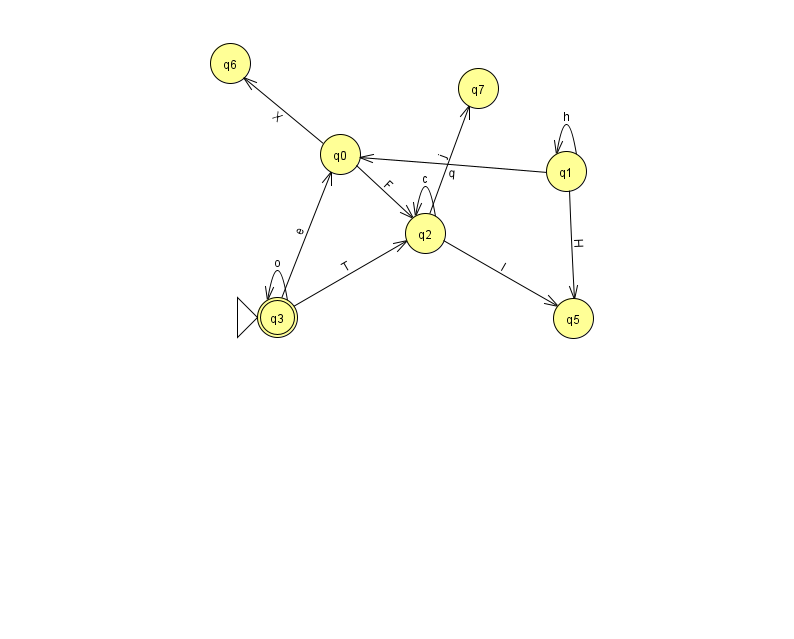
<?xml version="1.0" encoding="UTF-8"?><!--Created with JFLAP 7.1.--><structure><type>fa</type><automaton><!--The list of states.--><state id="0" name="q0"><x>340.0</x><y>141.0</y></state><state id="1" name="q1"><x>566.0</x><y>158.0</y></state><state id="2" name="q2"><x>425.0</x><y>220.0</y></state><state id="3" name="q3"><x>277.0</x><y>304.0</y><initial/><final/></state><state id="5" name="q5"><x>573.0</x><y>305.0</y></state><state id="6" name="q6"><x>230.0</x><y>50.0</y></state><state id="7" name="q7"><x>478.0</x><y>75.0</y></state><!--The list of transitions.--><transition><from>2</from><to>5</to><read>I</read></transition><transition><from>0</from><to>6</to><read>X</read></transition><transition><from>2</from><to>2</to><read>c</read></transition><transition><from>0</from><to>2</to><read>F</read></transition><transition><from>1</from><to>1</to><read>h</read></transition><transition><from>2</from><to>7</to><read>j</read></transition><transition><from>1</from><to>0</to><read>q</read></transition><transition><from>1</from><to>5</to><read>H</read></transition><transition><from>3</from><to>2</to><read>T</read></transition><transition><from>3</from><to>0</to><read>e</read></transition><transition><from>3</from><to>3</to><read>o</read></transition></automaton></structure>